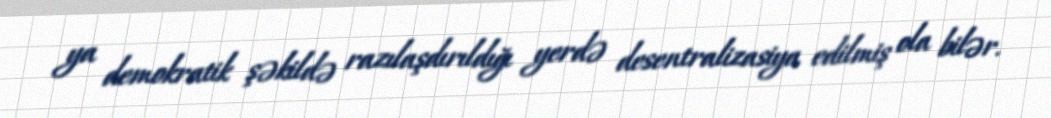
ya demokratik şəkildə razılaşdırıldığı yerdə desentralizasiya edilmiş ola bilər.